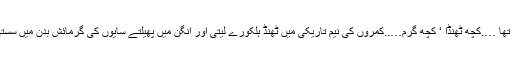
بہت عجیب سا موسم تھا ….کچھ ٹھنڈا ‘ کچھ گرم…..کمروں کی نیم تاریکی میں ٹھنڈ ہلکورے لیتی اور آنگن میں پھیلتے سایوں کی گرمائش بدن میں سستی سی بھر دیتی تھی۔